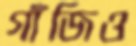
গাঁজিও